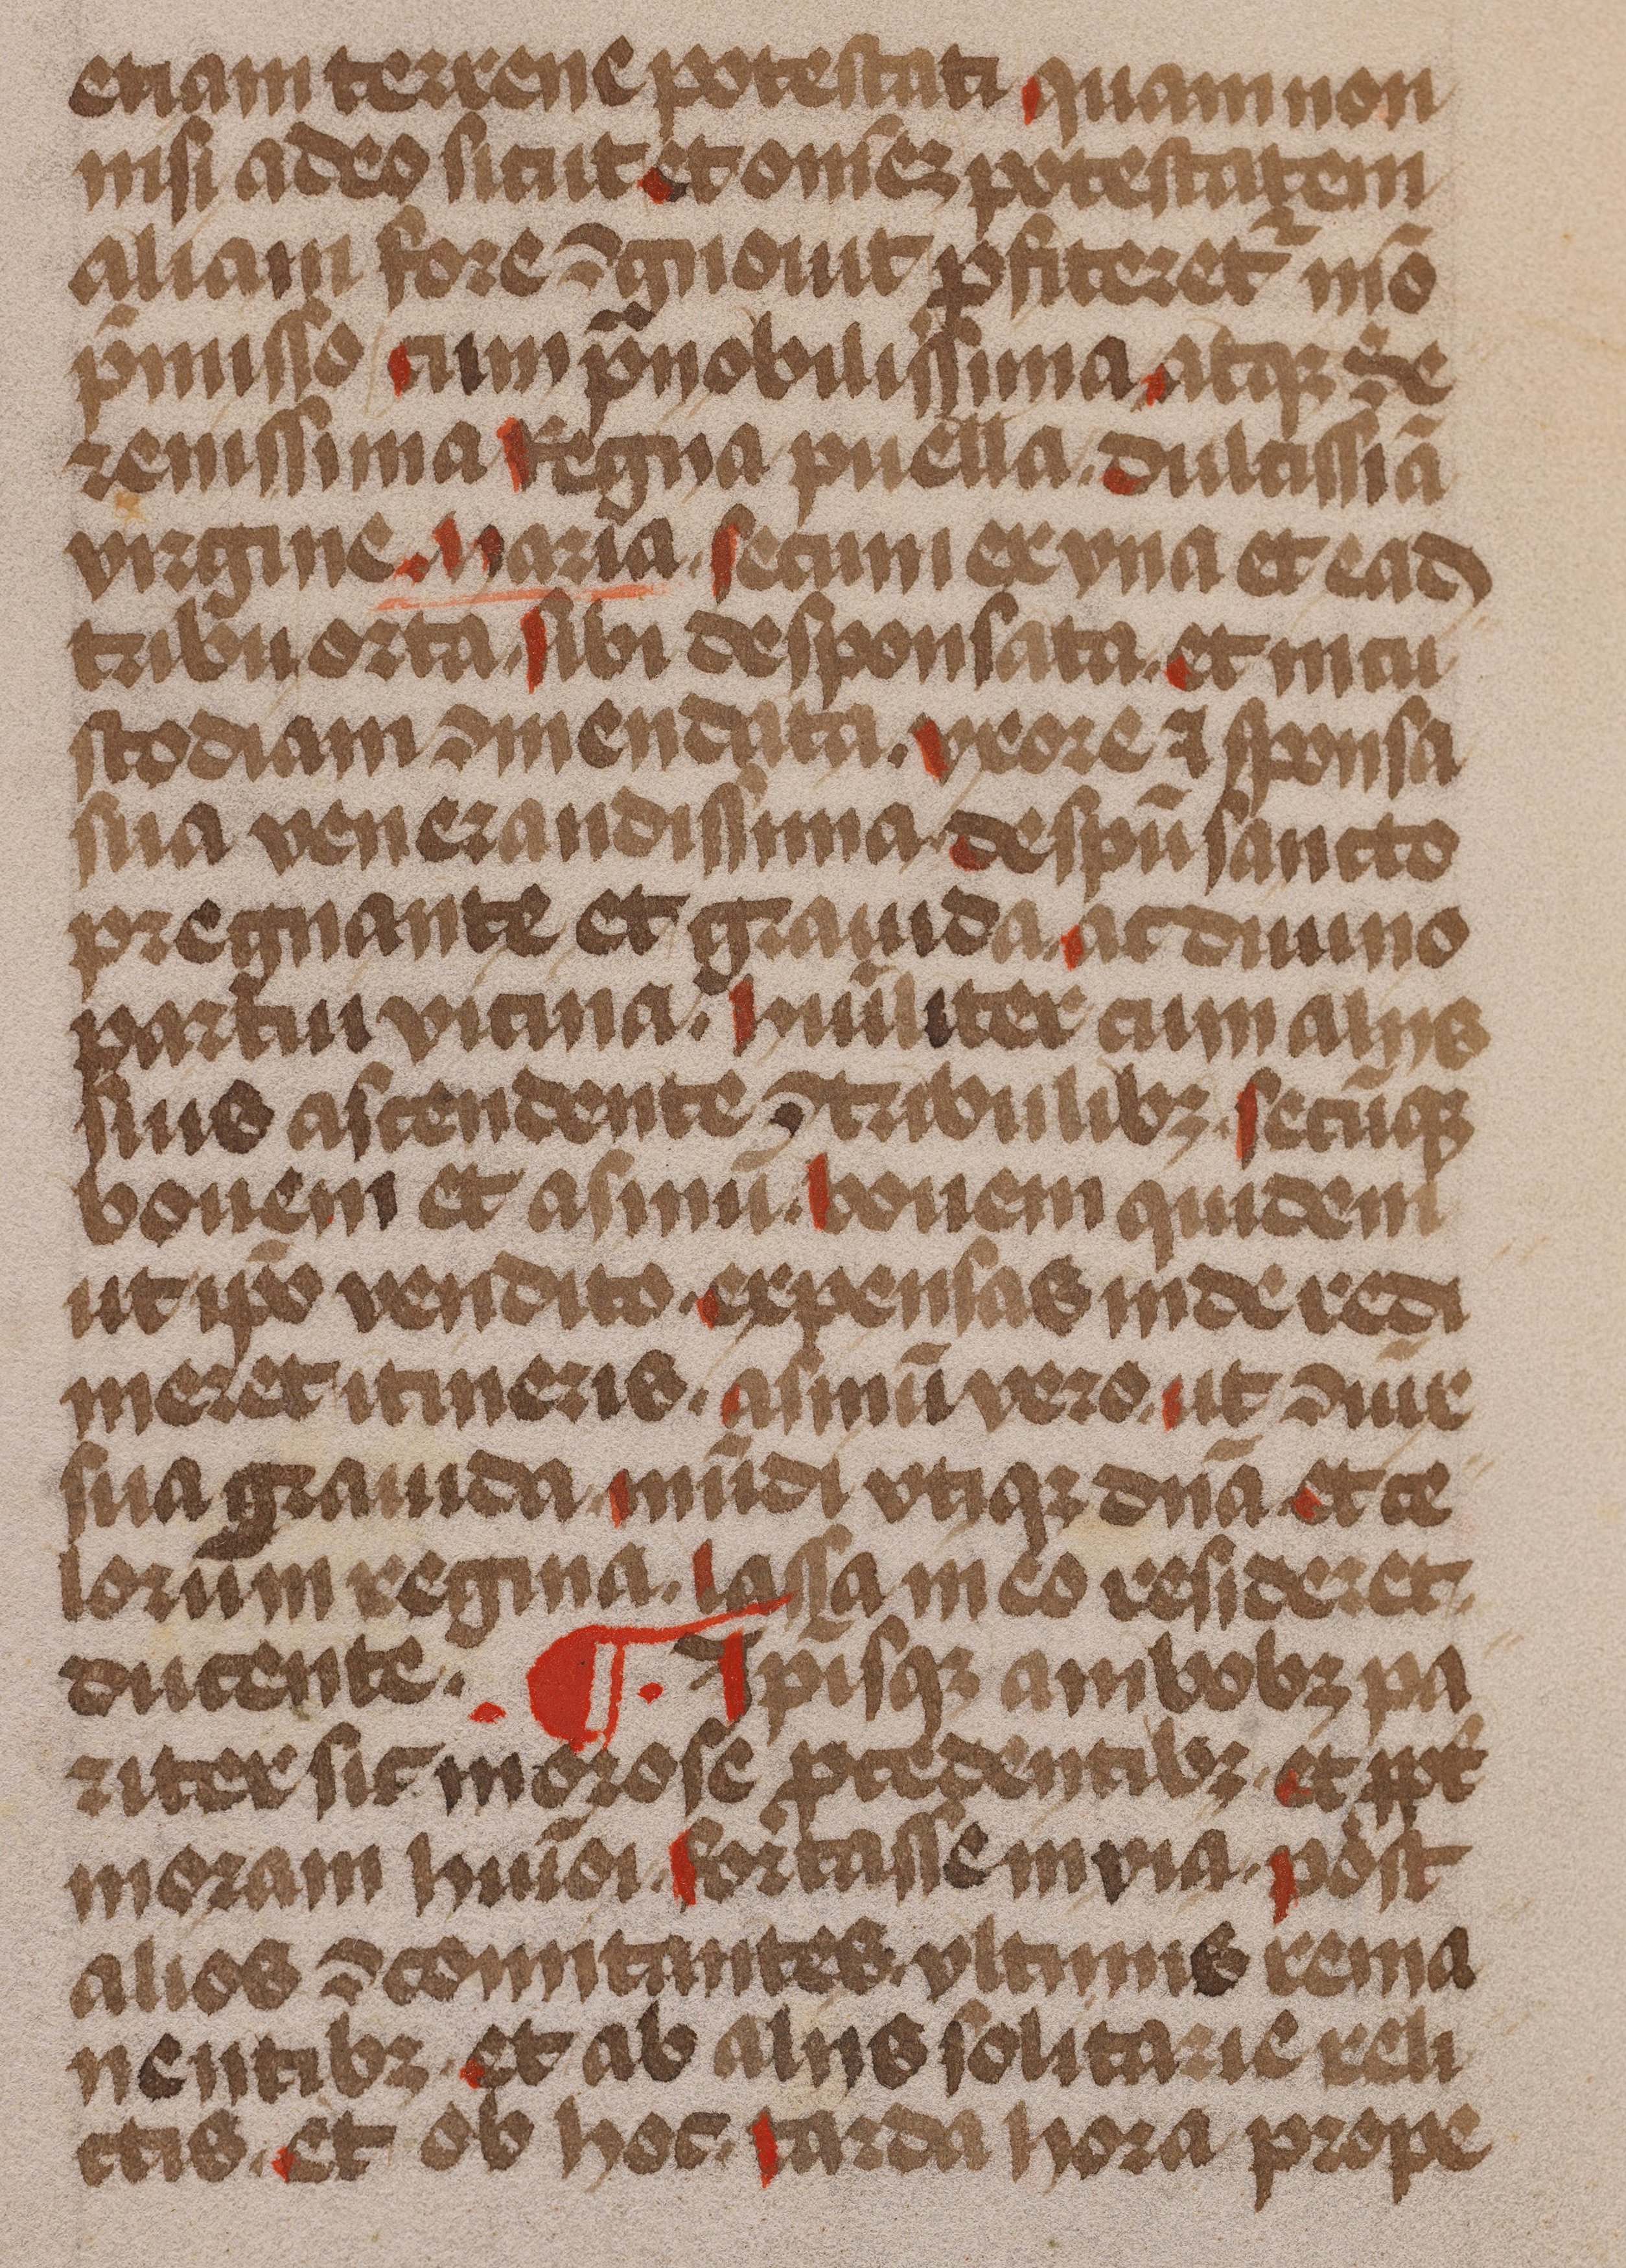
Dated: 1485–1515